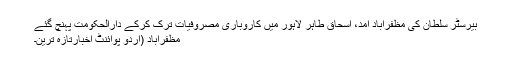
بیرسٹر سلطان کی مظفرآباد آمد، اسحاق طاہر لاہور میں کاروباری مصروفیات ترک کرکے دارالحکومت پہنچ گئے
مظفرآباد (اُردو پوائنٹ اخبارتازہ ترین۔